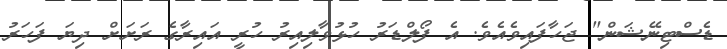
ޑެސްޓިނޭޝަން" ޖަހާފައިވެއެވެ. އެ ފޯލްޑަރު ހުޅުވާލިއިރު ހުރީ އައިރާގެ ރަށަށް ދިޔަ ފަހަރު